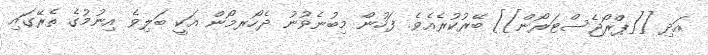
އަދި [[ޕްރޯޖެސްޓަރޯން]] ބޭރުކުރެއެވެ. ފަހުން މިބުނެވުނު ދެހޯރމޯން އަކީ ބަލިވެ އިނުމުގެ ތެރޭގައި